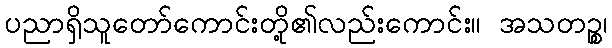
ပညာရှိသူတော်ကောင်းတို့၏လည်းကောင်း။ အသတဉ္စ၊